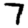
Digit: 7